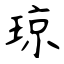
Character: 琼